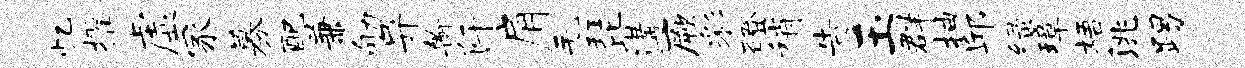
忆擢虚冢募配兼劬异翰阡肩毛琵遘厥彩磴稍告玉群抽邱绿璋梧洮踢